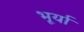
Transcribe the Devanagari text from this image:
भूर्या